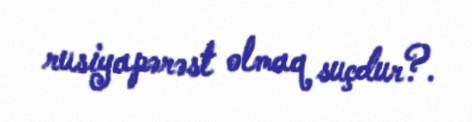
rusiyapərəst olmaq suçdur?.